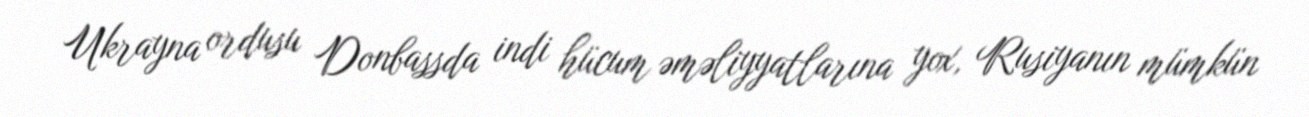
Ukrayna ordusu Donbassda indi hücum əməliyyatlarına yox, Rusiyanın mümkün